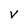
Character: V